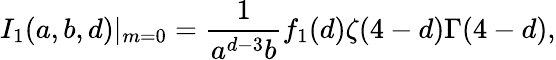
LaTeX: I_{1}(a,b,d)|_{m=0}=\frac{1}{a^{d-3}b}f_{1}(d)\zeta(4-d)\Gamma(4-d),